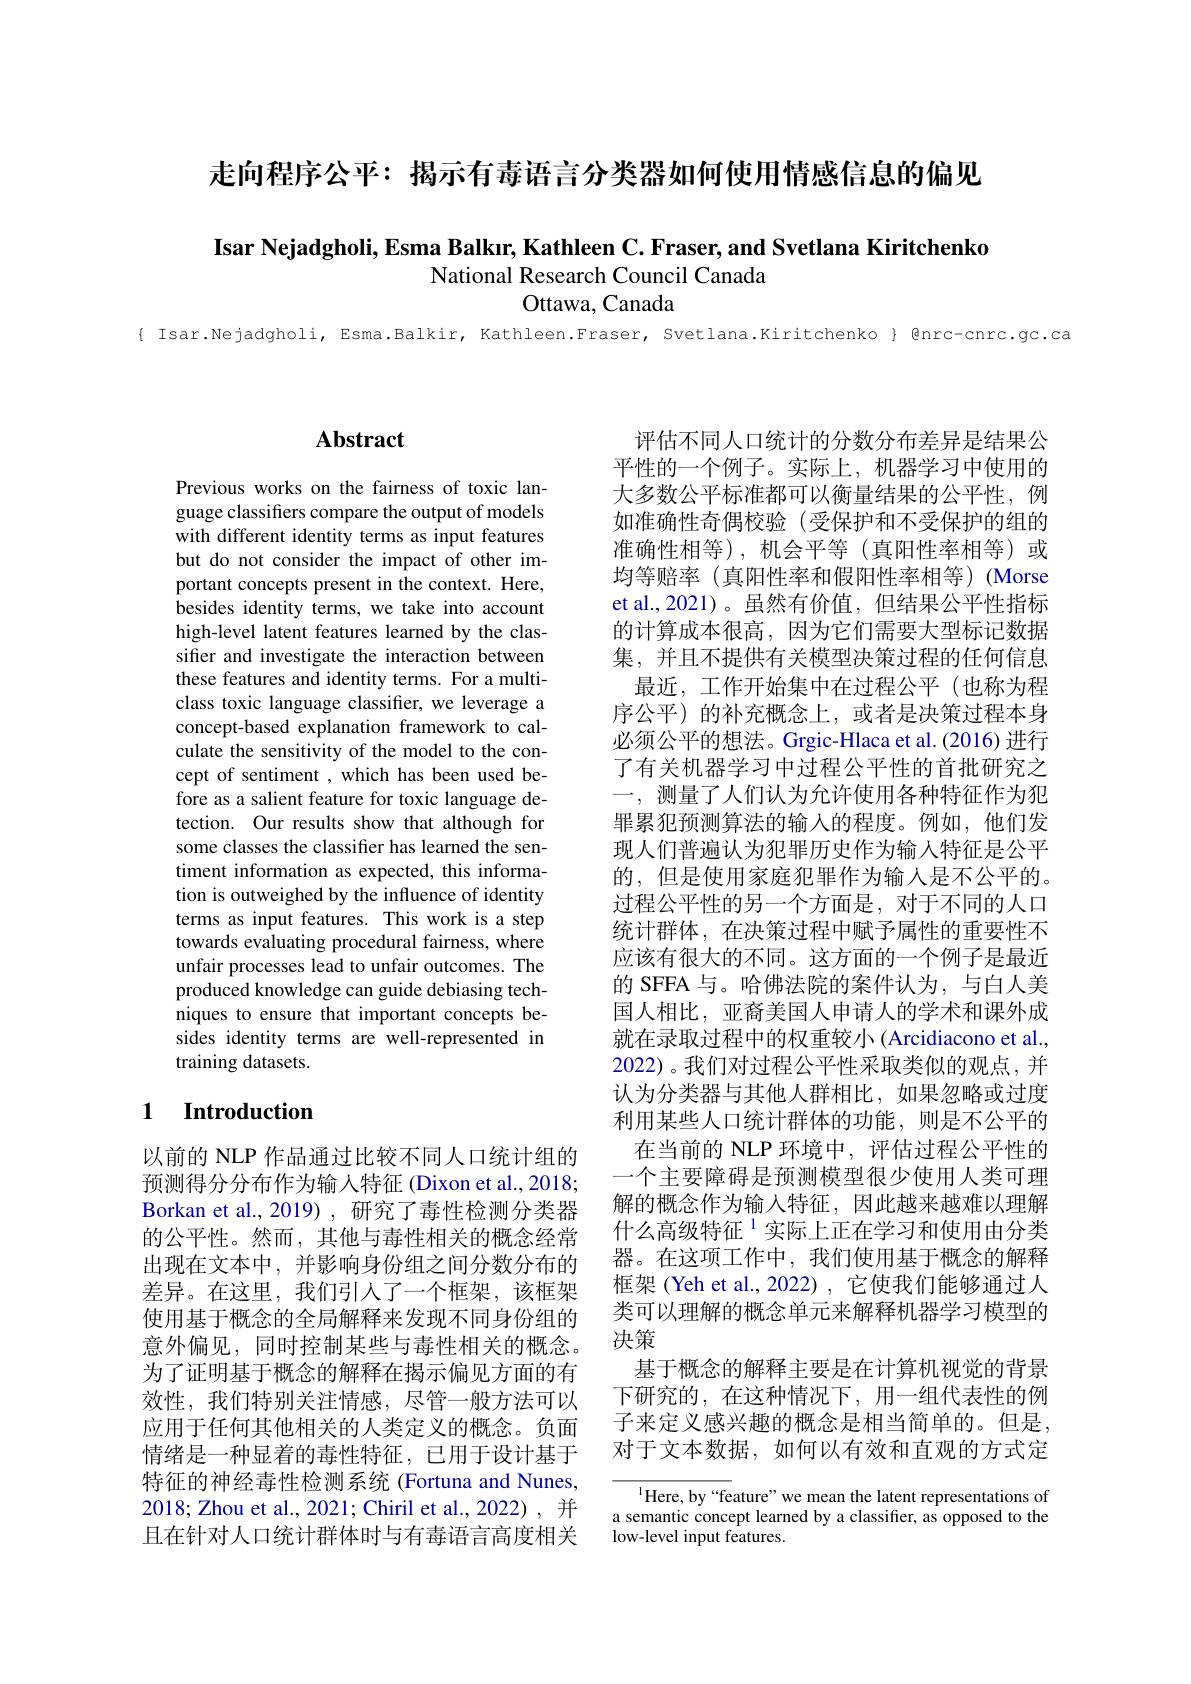
走向程序公平：揭示有毒语言分类器如何使用情感信息的偏见

## Isar Nejadgholi, Esma Balkır, Kathleen C. Fraser, and Svetlana Kiritchenko National Research Council Canada

Ottawa, Canada

{ Isar.Nejadgholi, Esma.Balkir, Kathleen.Fraser, Svetlana.Kiritchenko} Qnrc-cnrc.gc.ca

### $\mathbf{Abstract}$

Previous works on the fairness of toxic language classifiers compare the output of models with different identity terms as input features but do not consider the impact of other important concepts present in the context. Here, besides identity terms, we take into account high-level latent features learned by the classifier and investigate the interaction between these features and identity terms. For a multiclass toxic language classifier, we leverage a concept-based explanation framework to calculate the sensitivity of the model to the concept of sentiment , which has been used before as a salient feature for toxic language detection. Our results show that although for some classes the classifier has learned the sentiment information as expected, this information is outweighed by the influence of identity terms as input features. This work is a step towards evaluating procedural fairness, where unfair processes lead to unfair outcomes. The produced knowledge can guide debiasing techniques to ensure that important concepts besides identity terms are well-represented in training datasets.

### 1 Introduction

以前的 NLP 作品通过比较不同人口统计组的预测得分分布作为输入特征 (Dixon et al., 2018; Borkan et al.,2019), 研究了毒性检测分类器的公平性。然而，其他与毒性相关的概念经常出现在文本中，并影响身份组之间分数分布的差异。在这里，我们引人了一个框架，该框架使用基于概念的全局解释来发现不同身份组的意外偏见，同时控制某些与毒性相关的概念。为了证明基于概念的解释在揭示偏见方面的有效性，我们特别关注情感，尽管一般方法可以应用于任何其他相关的人类定义的概念。负面情绪是一种显着的毒性特征，已用于设计基于特征的神经毒性检测系统 (Fortuna and Nunes, 2018; Zhou et al., 2021; Chiril et al., 2022), 并且在针对人口统计群体时与有毒语言高度相关

评估不同人口统计的分数分布差异是结果公平性的一个例子。实际上，机器学习中使用的大多数公平标准都可以衡量结果的公平性，例如准确性奇偶校验(受保护和不受保护的组的准确性相等),机会平等(真阳性率相等)或均等赔率(真阳性率和假阳性率相等)(Morse et al.,2021)。虽然有价值，但结果公平性指标的计算成本很高，因为它们需要大型标记数据集，并且不提供有关模型决策过程的任何信息
最近，工作开始集中在过程公平(也称为程序公平)的补充概念上，或者是决策过程本身必须公平的想法。Grgic-Hlaca et al.(2016) 进行了有关机器学习中过程公平性的首批研究之一，测量了人们认为允许使用各种特征作为犯罪累犯预测算法的输入的程度。例如，他们发现人们普遍认为犯罪历史作为输入特征是公平的，但是使用家庭犯罪作为输入是不公平的。过程公平性的另一个方面是，对于不同的人口统计群体，在决策过程中赋予属性的重要性不应该有很大的不同。这方面的一个例子是最近的 SFFA 与。哈佛法院的案件认为，与白人美国人相比，亚裔美国人申请人的学术和课外成就在录取过程中的权重较小(Arcidiacono et al., 2022)。我们对过程公平性采取类似的观点，并认为分类器与其他人群相比，如果忽略或过度利用某些人口统计群体的功能，则是不公平的在当前的 NLP 环境中，评估过程公平性的一个主要障碍是预测模型很少使用人类可理解的概念作为输入特征，因此越来越难以理解什么高级特征$^{1}$实际上正在学习和使用由分类器。在这项工作中，我们使用基于概念的解释框架 (Yeh et al.,2022) , 它使我们能够通过人类可以理解的概念单元来解释机器学习模型的决策
基于概念的解释主要是在计算机视觉的背景下研究的，在这种情况下，用一组代表性的例子来定义感兴趣的概念是相当简单的。但是， 对于文本数据，如何以有效和直观的方式定

$^{1}$Here, by“feature” we mean the latent representations of a semantic concept learned by a classifier, as opposed to the low-level input features.